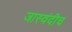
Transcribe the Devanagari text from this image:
जास्वंदीच